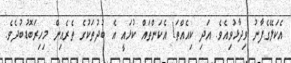
އެކަލޭގެފާނު ވިދާޅުވިއެވެ. އަދި ކިއެއްތަ! އެކަންތައް ކުޅައީ އެ ބުދުތަކުގެ ތެރެއިން މިހިރަބޮޑުބުދެވެ.